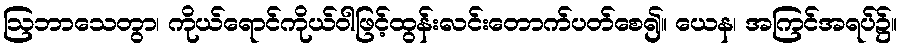
ဩဘာသေတွာ၊ ကိုယ်ရောင်ကိုယ်ဝါဖြင့်ထွန်းလင်းတောက်ပတ်စေ၍။ ယေန၊ အကြင်အရပ်၌။